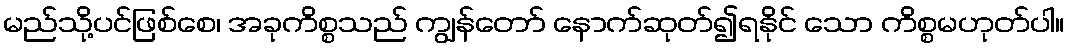
မည်သို့ပင်ဖြစ်စေ၊ အခုကိစ္စသည် ကျွန်တော် နောက်ဆုတ်၍ရနိုင် သော ကိစ္စမဟုတ်ပါ။